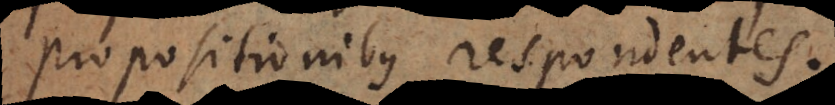
propositionibus respondentes.